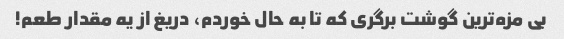
بی مزه‌ترین گوشت برگری که تا به حال خوردم، دریغ از یه مقدار طعم!